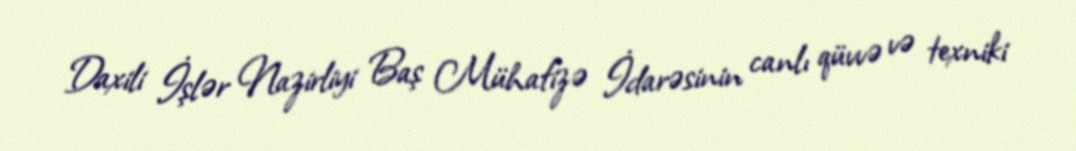
Daxili İşlər Nazirliyi Baş Mühafizə İdarəsinin canlı qüvvə və texniki